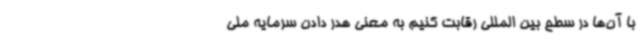
با آن‌ها در سطح بین المللی رقابت کنیم به معنی هدر دادن سرمایه ملی